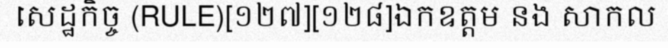
សេដ្ឋកិច្ច (RULE)[១២៧][១២៨]ឯកឧត្តម នង សាកល